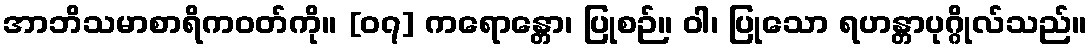
အာဘိသမာစာရိကဝတ်ကို။ [၀၇] ကရောန္တော၊ ပြုစဉ်။ ဝါ၊ ပြုသော ရဟန္တာပုဂ္ဂိုလ်သည်။